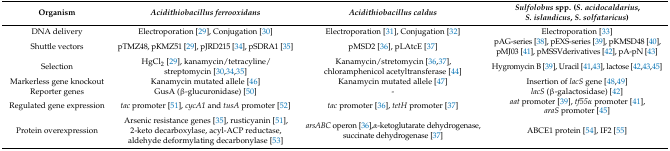
| Organism | Acidithiobacillus ferrooxidans | Acidithiobacillus caldus | Sulfolobus spp. (S. acidocaldarius, S. islandicus, S. solfataricus) |
 | --- | --- | --- | --- |
 | DNA delivery | Electroporation [29], Conjugation [30] | Electroporation [31], Conjugation [32] | Electroporation [33] |
 | Shuttle vectors | pTMZ48, pKMZ51 [29], pJRD215 [34], pSDRA1 [35] | pMSD2 [36], pLAtcE [37] | pAG-series [38], pEXS-series [39], pKMSD48 [40], pMJ03 [41], pMSSVderivatives [42], pA-pN [43] |
 | Selection | HgCl2 [29], kanamycin/tetracyline/streptomycin [30,34,35] | Kanamycin/stretomycin [36,37], chloramphenicol acetyltransferase [44] | Hygromycin B [39], Uracil [41,43], lactose [42,43,45] |
 | Markerless gene knockout | Kanamycin mutated allele [46] | Kanamycin mutated allele [47] | Insertion of lacS gene [48,49] |
 | Reporter genes | GusA (β-glucuronidase) [50] | - | lacS (β-galactosidase) [42] |
 | Regulated gene expression | tac promoter [51], cycA1 and tusA promoter [52] | tac promoter [36], tetH promoter [37] | aat promoter [39], tf55α promoter [41], araS promoter [45] |
 | Protein overexpression | Arsenic resistance genes [35], rusticyanin [51], 2-keto decarboxylase, acyl-ACP reductase, aldehyde deformylating decarbonylase [53] | arsABC operon [36],α-ketoglutarate dehydrogenase, succinate dehydrogenase [37] | ABCE1 protein [54], IF2 [55] |